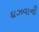
દાઝવાની